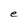
Character: e